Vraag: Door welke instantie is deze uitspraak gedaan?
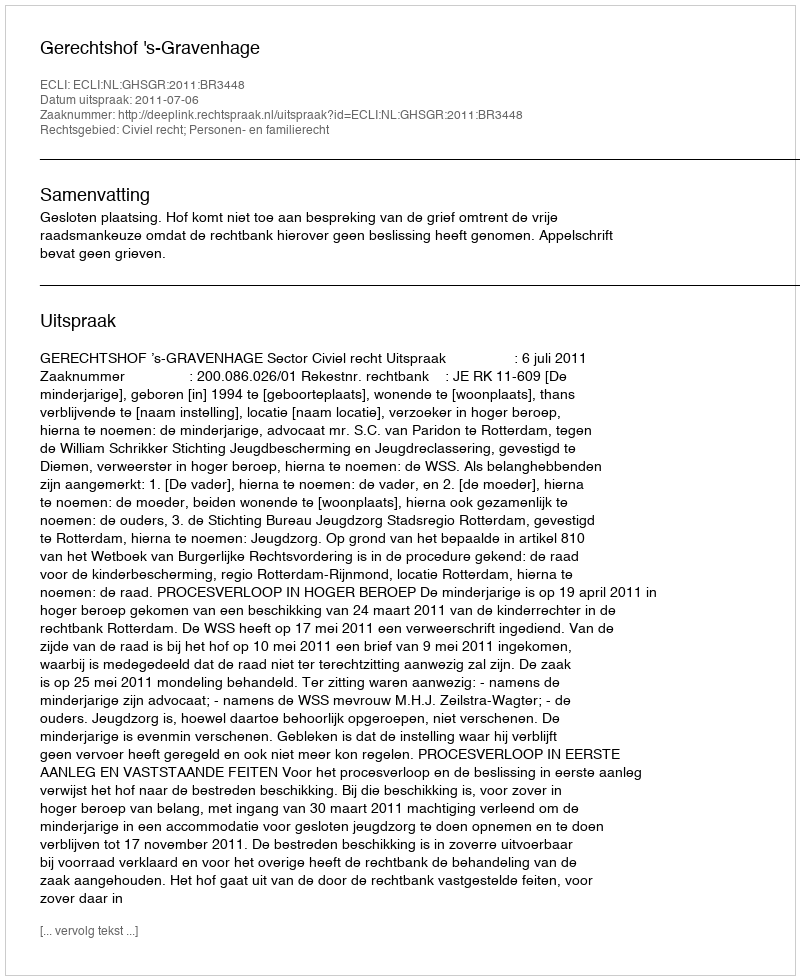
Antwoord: Gerechtshof 's-Gravenhage